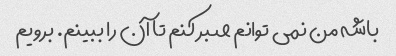
باشه من نمی توانم صبر کنم تا آن را ببینم. برویم